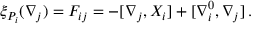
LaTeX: \xi _ { { \cal P } _ { i } } ( \nabla _ { j } ) = F _ { i j } = - [ \nabla _ { j } , X _ { i } ] + [ \nabla _ { i } ^ { 0 } , \nabla _ { j } ] \, .